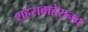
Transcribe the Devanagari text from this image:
शहराबाहेरुनच